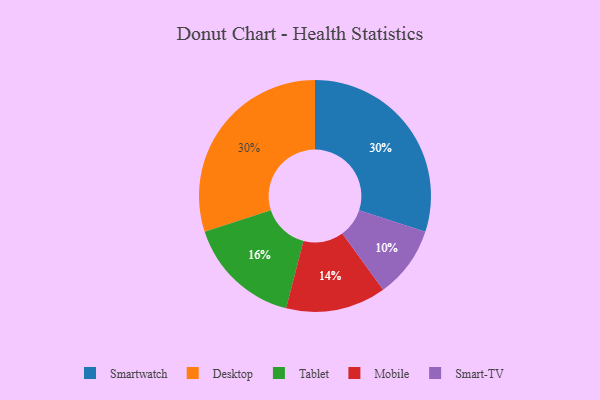
{"axis": {"x": "Category", "y": "Percentage"}, "legend": ["Desktop", "Mobile", "Smart-TV", "Smartwatch", "Tablet"], "data": [{"x": "Smart-TV", "y": 10, "type": "Smart-TV"}, {"x": "Mobile", "y": 14, "type": "Mobile"}, {"x": "Smartwatch", "y": 30, "type": "Smartwatch"}, {"x": "Tablet", "y": 16, "type": "Tablet"}, {"x": "Desktop", "y": 30, "type": "Desktop"}]}